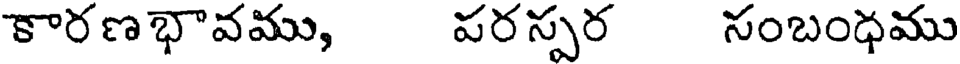
కారణభావము, పరస్పర సంబంధము